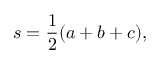
s = { \frac { 1 } { 2 } } ( a + b + c ) ,